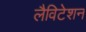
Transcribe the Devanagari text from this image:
लैविटेशन